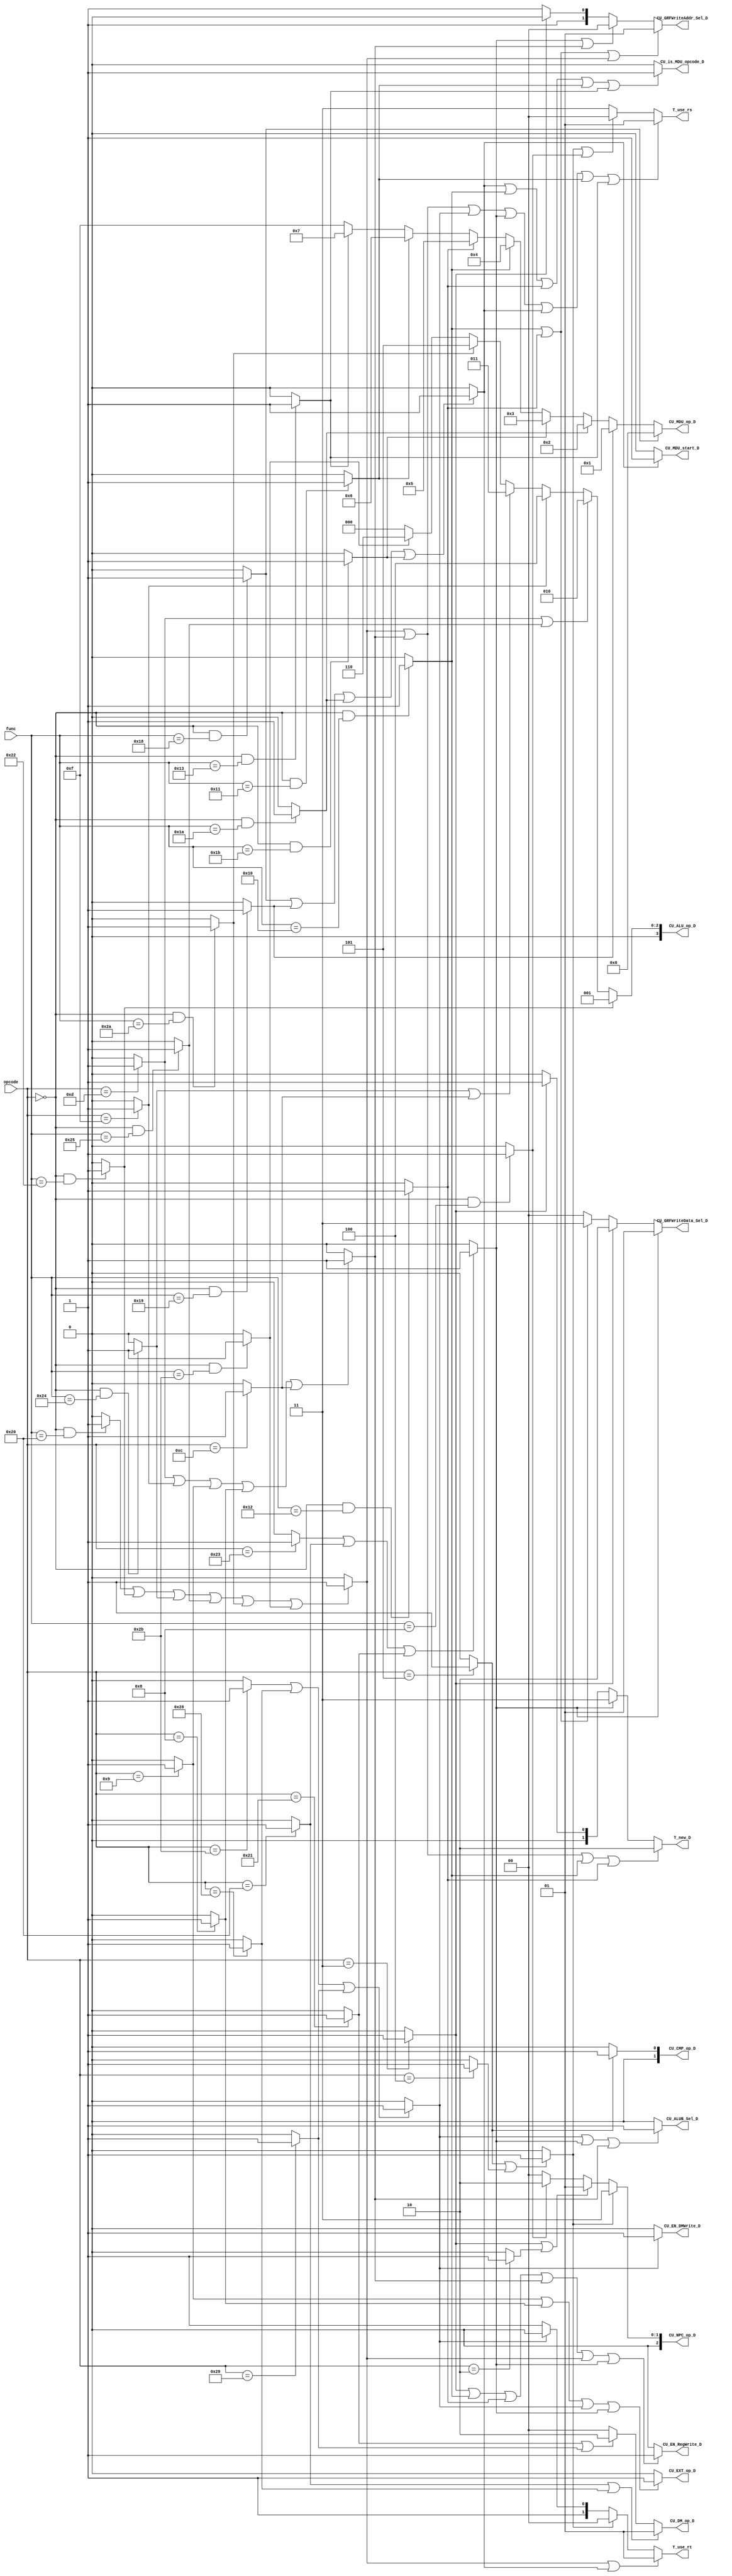
`timescale 1ns / 1ps
//-----------------------------------------------------------------------------------------------------------------
`define npcPC4    3'b000
`define npcJal    3'b001
`define npcJr     3'b010
`define npcBranch 3'b011

`define aluAdd    4'b0000
`define aluSub    4'b0001
`define aluOr     4'b0010
`define aluAnd    4'b0011
`define aluLui    4'b0100
`define aluSlt    4'b0101
`define aluSltu   4'b0110

`define dmWord    2'b00
`define dmByte    2'b01
`define dmHalf    2'b10

`define ALUout    2'b00
`define DMout     2'b01
`define PC8       2'b10
`define MDUout    2'b11

`define Rt        2'b00
`define Rd        2'b01
`define RA        2'b10
`define Zero      2'b11

`define mult      4'b0000
`define multu     4'b0001
`define div       4'b0010
`define divu      4'b0011
`define mfhi      4'b0100
`define mflo      4'b0101
`define mthi      4'b0110
`define mtlo      4'b0111
//--------------------------------------------------------------------------------------------------------------


//--------------------------------------------------------------------------------------------------------
module MCU(
    input [5:0] opcode,
    input [5:0] func,

    output [2:0] CU_NPC_op_D,
    output [3:0] CU_ALU_op_D,
    output CU_EXT_op_D,
    output [1:0] CU_DM_op_D,
    output [3:0] CU_MDU_op_D,
    output [1:0] CU_CMP_op_D,

    output CU_EN_RegWrite_D,
    output CU_EN_DMWrite_D,
    output CU_MDU_start_D,

    output CU_is_MDU_opcode_D,

    output [1:0] CU_GRFWriteData_Sel_D,
    output [1:0] CU_GRFWriteAddr_Sel_D,
    output CU_ALUB_Sel_D,

    output [1:0] T_use_rs,
    output [1:0] T_use_rt,
    output [1:0] T_new_D    
    );
//----------------------------------------------------------------------------------------------------
    
    
//instr_wire----------------------------------------------------------------------------------------------------           
    wire add = (opcode == 6'b000000 && func == 6'b100000) ? 1 : 0;
    wire sub = (opcode == 6'b000000 && func == 6'b100010) ? 1 : 0;
    wire ori = (opcode == 6'b001101) ? 1 : 0;
    wire lw = (opcode == 6'b100011) ? 1 : 0;
    wire sw = (opcode == 6'b101011) ? 1 : 0;
    wire beq = (opcode == 6'b000100) ? 1 : 0;
    wire lui = (opcode == 6'b001111) ? 1 : 0;
    wire addiu = (opcode == 6'b001001) ? 1 : 0;
    wire jal = (opcode == 6'b000011) ? 1 : 0;
    wire jr = (opcode == 6'b000000 && func == 6'b001000) ? 1 : 0;
    wire j = (opcode == 6'b000010) ? 1 : 0;

    wire _and = (opcode == 6'b000000 && func == 6'b100100) ? 1 : 0;
    wire _or = (opcode == 6'b000000 && func == 6'b100101) ? 1 : 0;
    wire slt = (opcode == 6'b000000 && func == 6'b101010) ? 1 : 0;
    wire sltu = (opcode == 6'b000000 && func == 6'b101011) ? 1 : 0;
    wire addi = (opcode == 6'b001000) ? 1 : 0;
    wire andi = (opcode == 6'b001100) ? 1 : 0;

    wire mult = (opcode == 6'b000000 && func == 6'b011000) ? 1 : 0;
    wire multu = (opcode == 6'b000000 && func == 6'b011001) ? 1 : 0;
    wire div = (opcode == 6'b000000 && func == 6'b011010) ? 1 : 0;
    wire divu = (opcode == 6'b000000 && func == 6'b011011) ? 1 : 0;
    wire mfhi = (opcode == 6'b000000 && func == 6'b010000) ? 1 : 0;
    wire mflo = (opcode == 6'b000000 && func == 6'b010010) ? 1 : 0;
    wire mthi = (opcode == 6'b000000 && func == 6'b010001) ? 1 : 0;
    wire mtlo = (opcode == 6'b000000 && func == 6'b010011) ? 1 : 0;
    
    wire lb = (opcode == 6'b100000) ? 1 : 0;
    wire lh = (opcode == 6'b100001) ? 1 : 0;
    wire sb = (opcode == 6'b101000) ? 1 : 0;
    wire sh = (opcode == 6'b101001) ? 1 : 0;

    wire bne = (opcode == 6'b000101) ? 1 : 0;



    wire CALR = (add | sub | _and | _or | slt | sltu) ? 1 : 0;    
    wire STORE = (sw | sb | sh) ? 1 : 0;
    wire LOAD = (lw | lb | lh) ? 1 : 0;
    wire CALI = (ori | lui | addiu | addi | andi) ? 1 : 0;
    wire BRANCH = (bne | beq) ? 1 : 0;
    wire CALDM = (mult | multu | div | divu) ? 1 : 0;     //jjaljrmfhimflomthimtlo    
//--------------------------------------------------------------------------------------------------------------


//op_signal------------------------------------------------------------------------------------------------------------
    assign CU_NPC_op_D = (BRANCH) ? `npcBranch :
                         (jal | j) ? `npcJal :
                         (jr) ? `npcJr :
                                `npcPC4;

    assign CU_ALU_op_D = (sub) ? `aluSub :
                         (ori | _or) ? `aluOr :
                         (lui) ? `aluLui :
                         (_and | andi) ? `aluAnd :
                         (slt) ? `aluSlt :
                         (sltu) ? `aluSltu :
                                 `aluAdd;
    
    assign CU_EXT_op_D = (addiu | addi | STORE | LOAD) ? 1 : 0;
    
    assign CU_DM_op_D = (lb | sb) ? `dmByte :
                        (lh | sh) ? `dmHalf :
                                    `dmWord;

    assign CU_MDU_op_D = (mult) ? `mult :
                         (multu) ? `multu :
                         (div) ? `div :
                         (divu) ? `divu :
                         (mfhi) ? `mfhi :
                         (mflo) ? `mflo :
                         (mthi) ? `mthi :
                         (mtlo) ? `mtlo :
                                  4'b1111;

    assign CU_CMP_op_D = (bne) ? 2'b01 :
                                 2'b00;
//---------------------------------------------------------------------------------------------------------------------    
    
    
//en_signal--------------------------------------------------------------------------------------------------------    
    assign CU_EN_RegWrite_D = (jal | mfhi | mflo | CALI | CALR | LOAD) ? 1 : 0;
    
    assign CU_EN_DMWrite_D = (STORE) ? 1 : 0;

    assign CU_MDU_start_D = (CALDM) ? 1 : 0;
//-----------------------------------------------------------------------------------------------------------------


//is_signal--------------------------------------------------------------------------------------------------------------
    assign CU_is_MDU_opcode_D = (CALDM | mfhi | mflo | mthi | mtlo) ? 1 : 0;
//------------------------------------------------------------------------------------------------------------------------


//sel_signal------------------------------------------------------------------------------------------------------
    assign CU_GRFWriteData_Sel_D = (LOAD) ? `DMout :
                                   (jal) ? `PC8 :
                                   (mfhi | mflo) ? `MDUout :
                                           `ALUout;

    assign CU_GRFWriteAddr_Sel_D = (mfhi | mflo | CALR) ? `Rd :
                                   (LOAD | CALI) ? `Rt :
                                   (jal) ? `RA :
                                           `Zero;

    assign CU_ALUB_Sel_D = (STORE | LOAD | CALI) ? 1 : 0;
//-----------------------------------------------------------------------------------------------------------------


//T_signal----------------------------------------------------------------------------------------------------------
    assign T_use_rs = (CALR | CALI | STORE | LOAD | CALDM | mthi | mtlo ) ? 2'b01 :
                      (BRANCH | jr) ? 2'b00 :
                                   2'b11;

    assign T_use_rt = (CALR | CALDM) ? 2'b01 :
                      (BRANCH) ? 2'b00 :
                      (STORE) ? 2'b10 :
                             2'b11;

    assign T_new_D = (CALR | CALI | mfhi | mflo) ? 2'b10 :
                     (LOAD) ? 2'b11 :
                     (jal) ? 2'b01 :
                             2'b00;
//----------------------------------------------------------------------------------------------------------------------
                             
endmodule